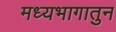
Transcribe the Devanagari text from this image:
मध्यभागातुन